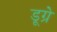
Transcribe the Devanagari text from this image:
डूग्रे